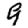
Digit: 9